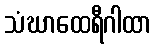
သံဃာထေရီဂါထာ